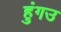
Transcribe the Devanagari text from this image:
हुंगउ